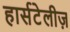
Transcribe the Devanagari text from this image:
हार्सटेलीज़